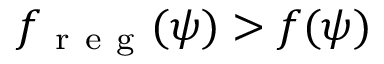
f _ { \mathrm { ~ r ~ e ~ g ~ } } ( \psi ) > f ( \psi )